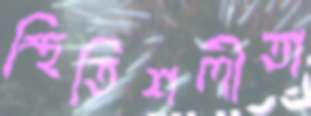
স্থিতিশলীতা